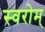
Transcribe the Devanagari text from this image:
स्वरोम्